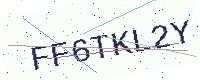
Text: FF6TKL2Y